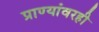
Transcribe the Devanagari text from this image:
प्राण्यांवरही